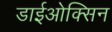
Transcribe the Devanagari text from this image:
डाईओक्सिन